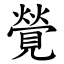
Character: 覮